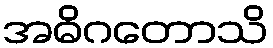
အဓိဂတောသိ